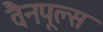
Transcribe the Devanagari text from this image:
वैनपूल्स